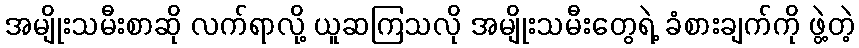
အမျိုးသမီးစာဆို လက်ရာလို့ ယူဆကြသလို အမျိုးသမီးတွေရဲ့ ခံစားချက်ကို ဖွဲ့တဲ့